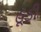
હૂડી